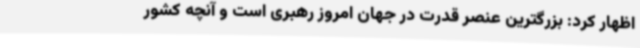
اظهار کرد: بزرگترین عنصر قدرت در جهان امروز رهبری است و آنچه کشور